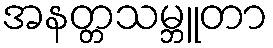
အနတ္တသမ္ဘူတာ